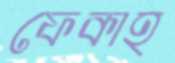
ফেকাহ